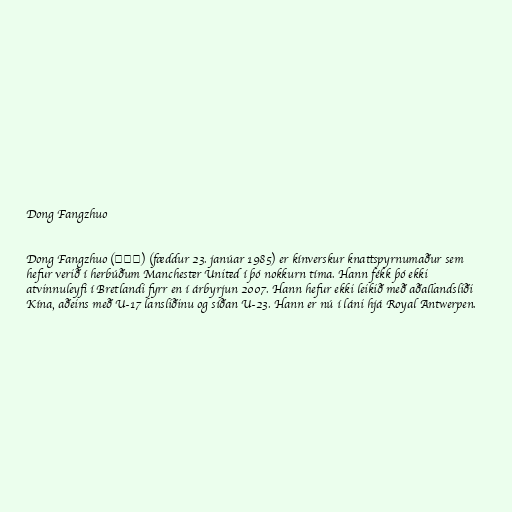
Dong Fangzhuo

Dong Fangzhuo (董方卓) (fæddur 23. janúar 1985) er kínverskur knattspyrnumaður sem
hefur verið í herbúðum Manchester United í þó nokkurn tíma. Hann fékk þó ekki
atvinnuleyfi í Bretlandi fyrr en í árbyrjun 2007. Hann hefur ekki leikið með aðallandsliði
Kína, aðeins með U-17 lansliðinu og síðan U-23. Hann er nú í láni hjá Royal Antwerpen.